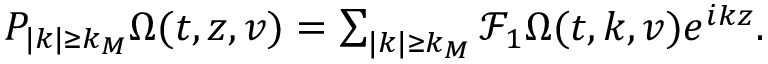
\begin{array} { r } { P _ { | k | \geq k _ { M } } \Omega ( t , z , v ) = \sum _ { | k | \geq k _ { M } } \mathcal { F } _ { 1 } \Omega ( t , k , v ) e ^ { i k z } . } \end{array}